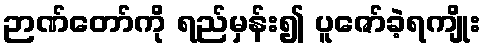
ဉာဏ်တော်ကို ရည်မှန်း၍ ပူဇော်ခဲ့ရကျိုး